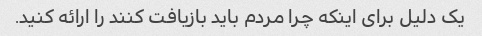
یک دلیل برای اینکه چرا مردم باید بازیافت کنند را ارائه کنید.